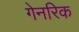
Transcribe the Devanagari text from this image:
गेनरिक